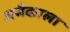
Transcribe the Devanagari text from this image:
जमैकाला